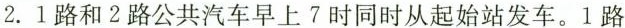
2.1路和2路公共汽车早上7时同时从起始站发车。1路